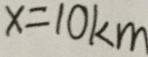
x = 1 0 k m